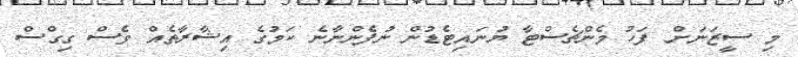
މި ސީޒަނަށް ފަހު މެންޗެސްޓާ ޔުނައިޓެޑުން ނުފެންނާނެ ކަމުގެ އިޝާރާތެއް ވެސް ގިގްސް